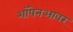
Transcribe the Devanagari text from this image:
शॉपेनआवर